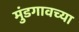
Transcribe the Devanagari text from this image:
मुंडगावच्या